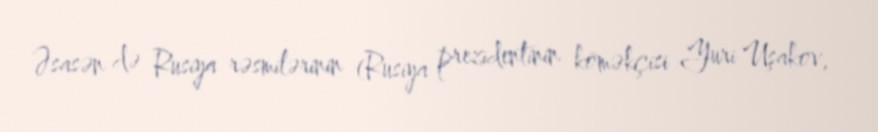
Əsasən də Rusiya rəsmilərinin (Rusiya prezidentinin köməkçisi Yuri Uşakov,